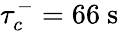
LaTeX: \tau_{c}^{-}=66~\mathrm{s}